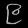
Digit: ၉